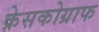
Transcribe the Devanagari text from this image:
क्रेसकोग्राफ